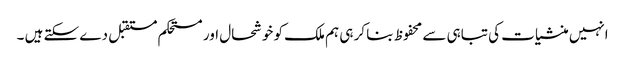
انہیں منشیات کی تباہی سے محفوظ بنا کر ہی ہم ملک کو خوشحال اور مستحکم مستقبل دے سکتے ہیں ۔